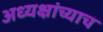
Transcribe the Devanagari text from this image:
अध्यक्षांच्याच